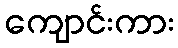
ကျောင်းကား